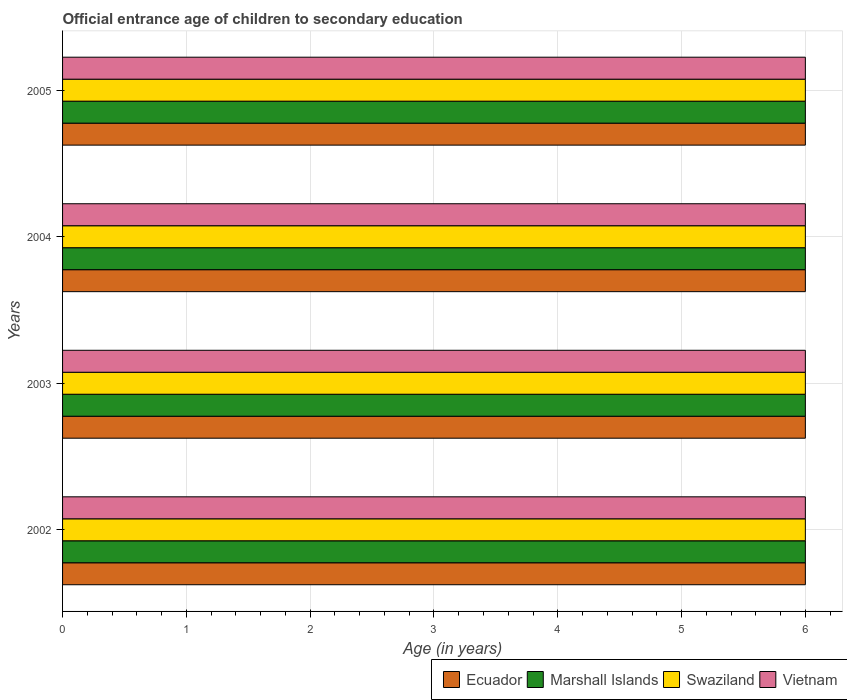
| Years | Ecuador | Marshall Islands | Swaziland | Vietnam |
 | --- | --- | --- | --- | --- |
 | 2002 | 6 | 6 | 6 | 6 |
 | 2003 | 6 | 6 | 6 | 6 |
 | 2004 | 6 | 6 | 6 | 6 |
 | 2005 | 6 | 6 | 6 | 6 |